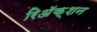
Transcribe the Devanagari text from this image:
रिअॅक्शन